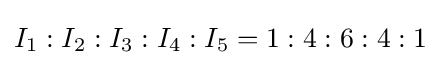
I_{1}:I_{2}:I_{3}:I_{4}:I_{5}=1:4:6:4:1